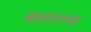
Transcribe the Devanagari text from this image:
बसंतगढ़